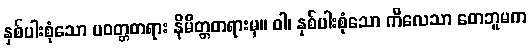
နှစ်ပါးစုံသော ပဝတ္တတရား နိမိတ္တတရားမှ။ ဝါ၊ နှစ်ပါးစုံသော ကိလေသာ တေဘူမက